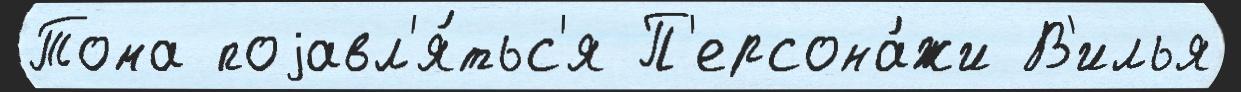
Тома поjавл'я́тьс'я П'ерсона́жи В'илья